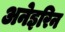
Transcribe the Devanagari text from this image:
अनेइरिन